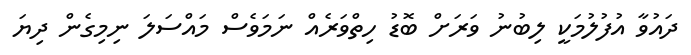
ދައުވާ އުފުލުމަކީ ލިބުނު ވަރަށް ބޮޑު ހިތްވަރެއް ނަމަވެސް މައްސަލަ ނިމިގެން ދިޔަ